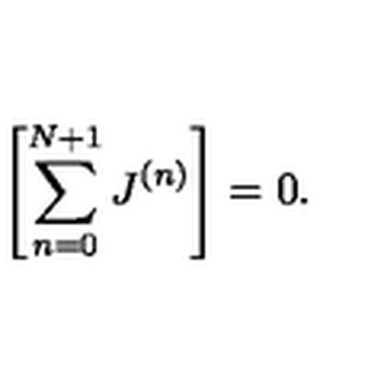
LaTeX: \left[ \sum _ { n = 0 } ^ { N + 1 } J ^ { ( n ) } \right] = 0 .